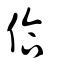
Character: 佮